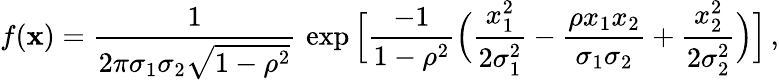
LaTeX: f({\mathbf x})={\frac{1}{2\pi\sigma_{1}\sigma_{2}\sqrt{1-\rho^{2}}}}\, \exp\Big[{\frac{-1}{1-\rho^{2}}}\Big({\frac{x_{1}^{2}}{2\sigma_{1}^{2}}}-{\frac{\rho x_{1}x_{2}}{\sigma_{1}\sigma_{2}}}+{\frac{x_{2}^{2}}{2\sigma_{2}^{2}}}\Big)\Big]\, ,